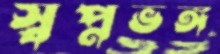
স্বপ্নভঙ্গ